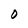
Character: 0